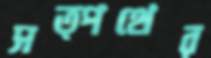
সত্পথের